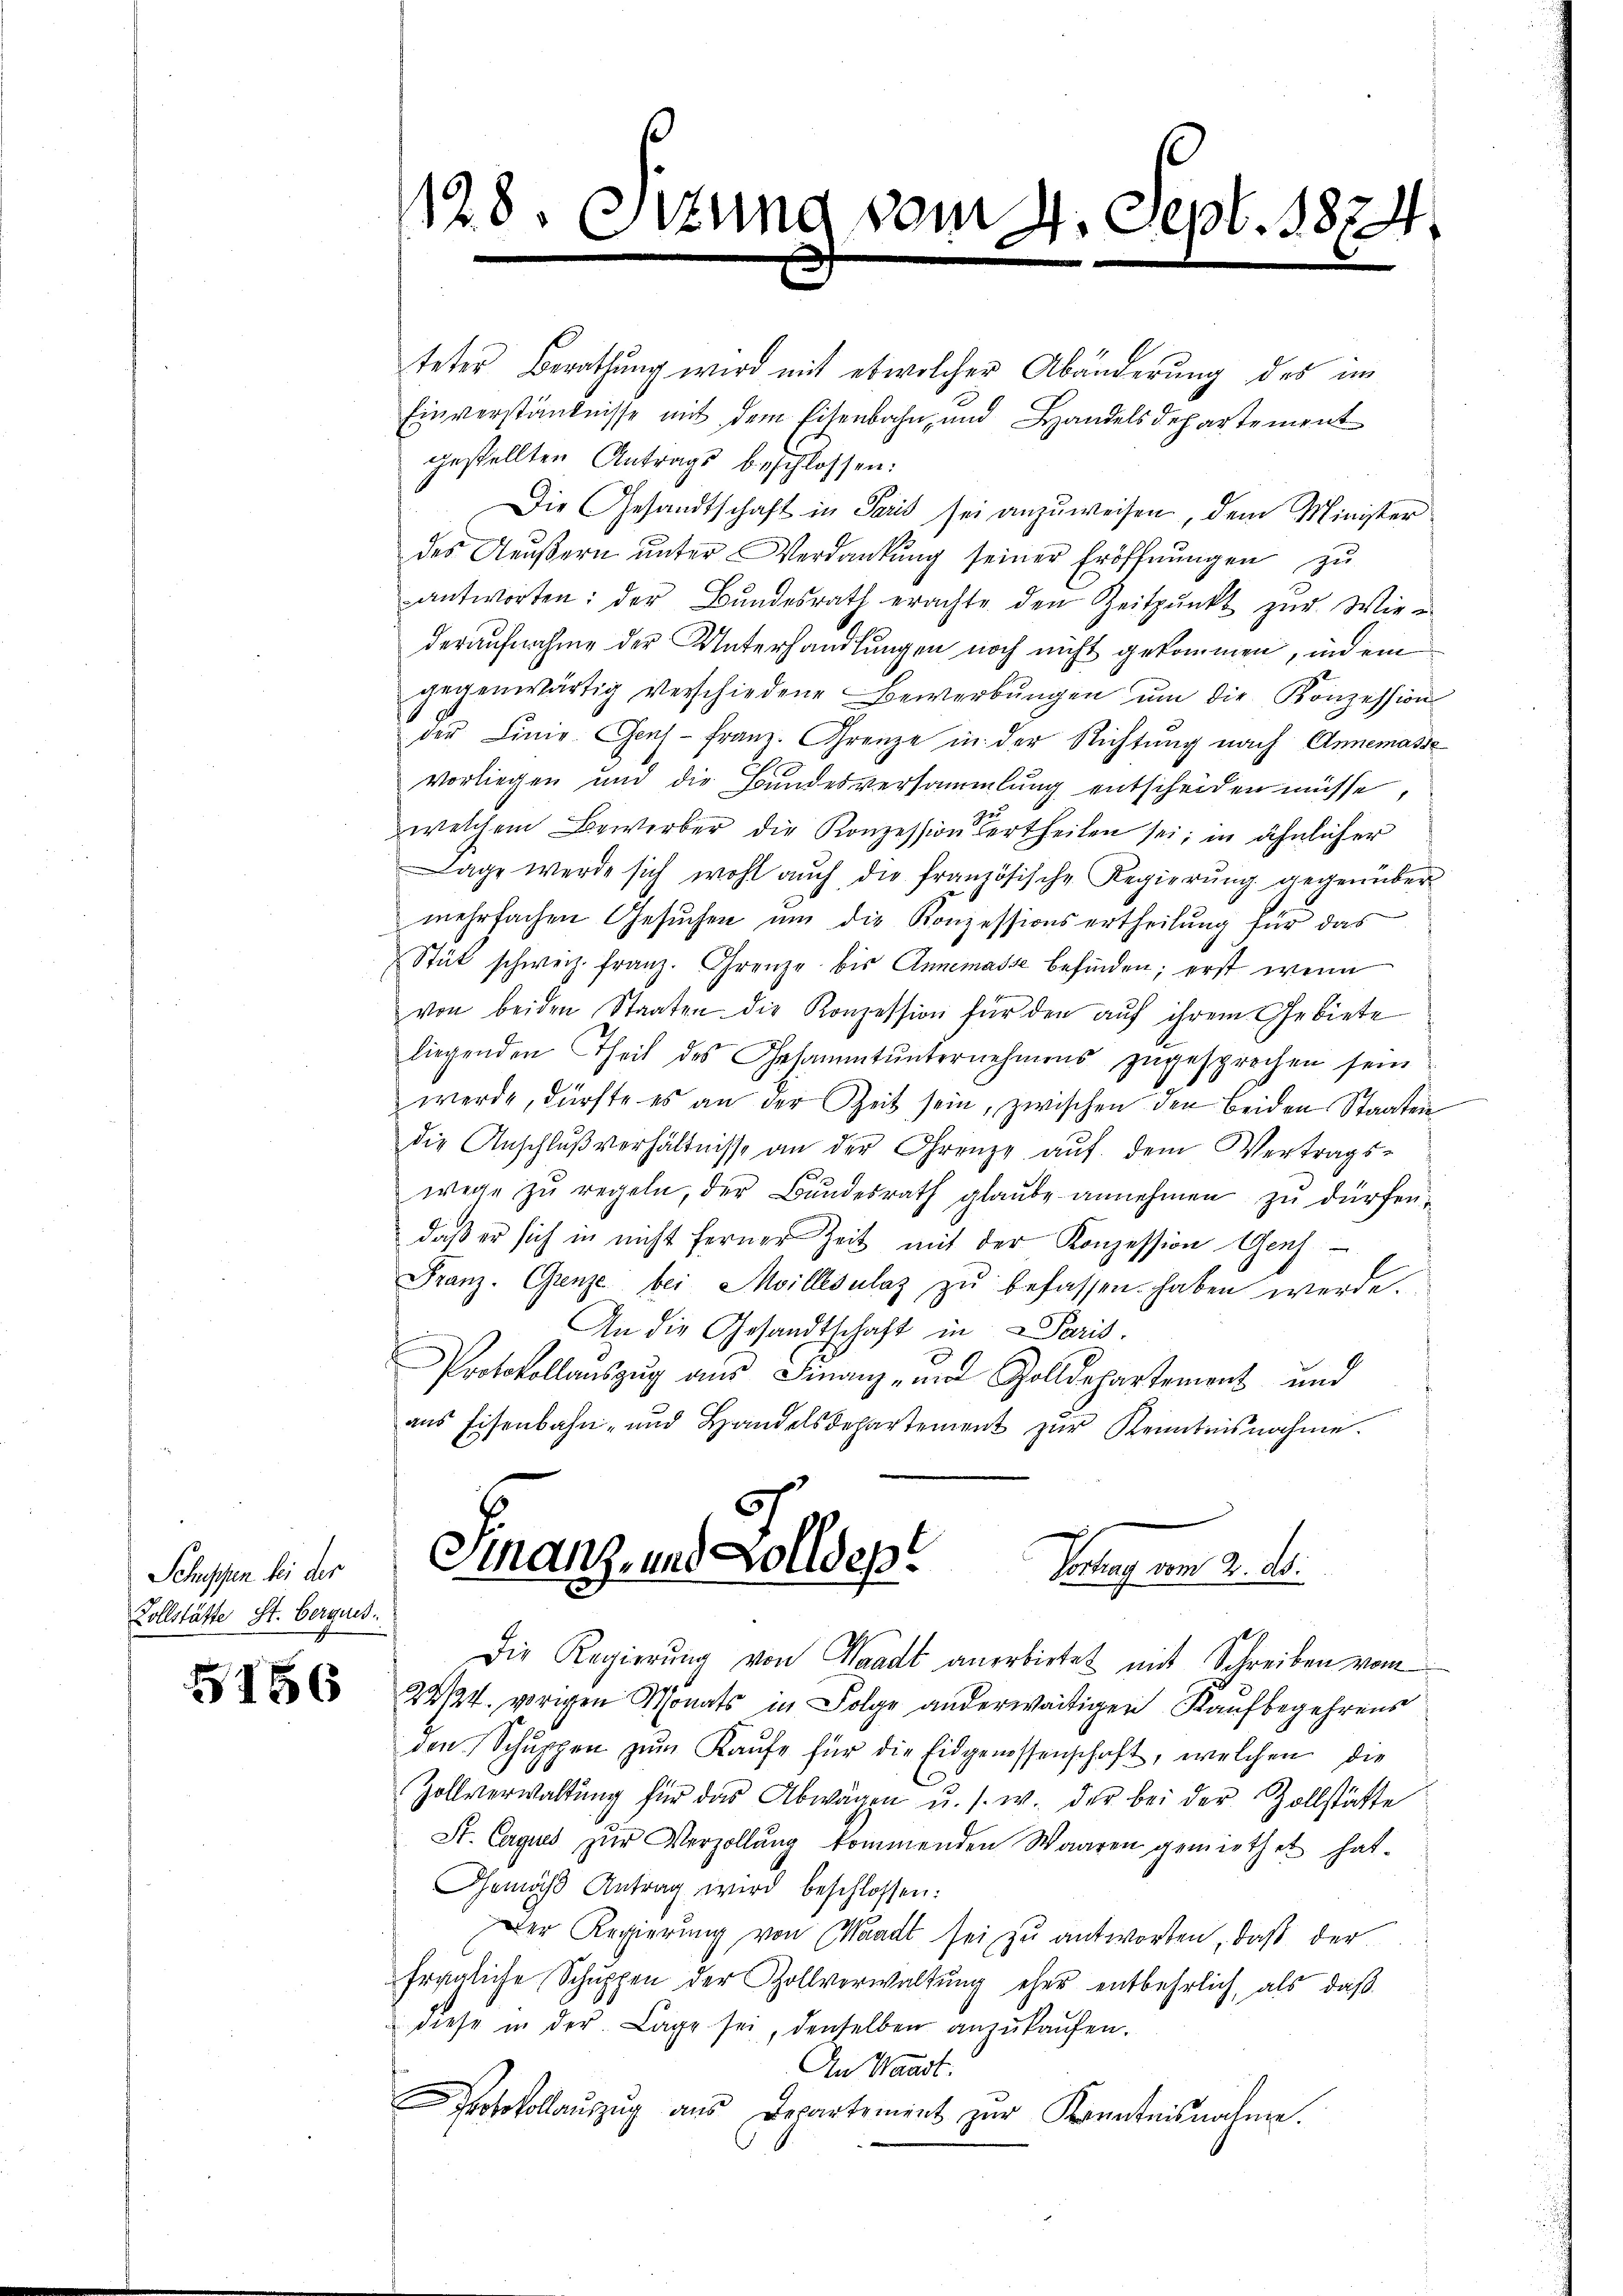
Schiffen bei der
Vollstätte St. Bergues.

128. Sitzung vom 4. Sept. 1874.

teter Berathung wird mit etwelcher Abänderung des im
Einverständnisse mit dem Eisenbahn, und Handelsdepartement
gestellten Antrags beschlossen:
Die Gesandtschaft in Paris sei anzuweisen, dem Minister
des Aeußern unter Verdankung seiner Eröffnungen zu
antworten: der Bŭndesrath erachte den Zeitpunkt zŭr Wie
deraufnahme der Unterhandlungen noch nicht gekommen, indem
gegenwärtig verschiedene Bewerbungen um die Konzession
der Linie. Genf franz. Grenze in der Richtung nach Annemasse
vorliegen und die Bundesversammlung entscheiden müsse
welchem Bewerber die Konzession ertheilen sei; in ähnlicher
Lage werde sich wohl aŭch die französische Regierŭng gegenüber
mehrfachen Gesuchen um die Konzessionsertheilung für das
Stük schweiz. franz. Grenze bis Annemasse befinden; erst wenn
von beiden Staaten die Konzession für den aŭf ihrem Gebiete
liegenden Theil des Gesammtŭnternehmens zugesprochen sein
werde, dürfte es an der Zeit sein, zwischen den beiden Staaten
die Anschlŭβ verhältnisse an der Grenze auf dem Vertrags-
wege zŭ regeln, der Bundesrath glaŭbe annehmen zŭ dürfen.
daß er sich in nicht ferner Zeit mit der Konzession Genf
Franz. Grenze bei Moillesalaz zŭ befassen haben werde.
An die Gesandtschaft in Paris.
Protokollauszug aus Finanz- und Zolldepartement und
aus Eisenbahn- und Handelsdepartement zur Kenntnisnahme.

Finanz und Zollsepe
Vortrag vom 2. ds.

Die Regierŭng von Waadt anerbietet mit Schreiben vom
 22124. vorigen Monats in Folge anderwärtigen Kaŭfbegehrens
den Schŭppen zŭm Kaŭfe für die Eidgenossenschaft, welchen die
Zollverwaltŭng für das Abwägen u. s. w. der bei der Zollstätte
St. Cagues zŭr Verzollŭng kommenden Waaren gemiethet hat.
Gemäss Antrag wird beschlossen:
Der Regierung von Waadt sei zu antworten, daß der
fragliche Schŭppen der Zollverwaltŭng eher entbehrlich, als daβ
diese in der Lage sei, denselben anzŭkaŭfen.
An Waadt.
Protokollaŭszŭg aŭs Departement zur Kenntnisnahme.